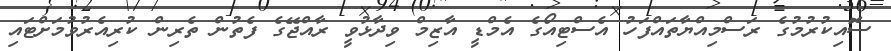
ސޮއިކުރުމުގެ ރަސްމިއްޔާތައްފަހު އެސްޓިއޯގެ އެމްޑީ އާޒިމް ވިދާޅުވީ ރާއްޖޭގެ ފެތުން ތެރިން ކުރިއެރުވުމަށްޓައި